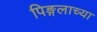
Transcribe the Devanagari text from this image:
पिङ्गलाच्या